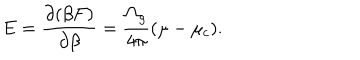
E = { \frac { \partial ( \beta F ) } { \partial \beta } } = { \frac { \Omega _ { g } } { 4 \pi } } ( \mu - \mu _ { c } ) .